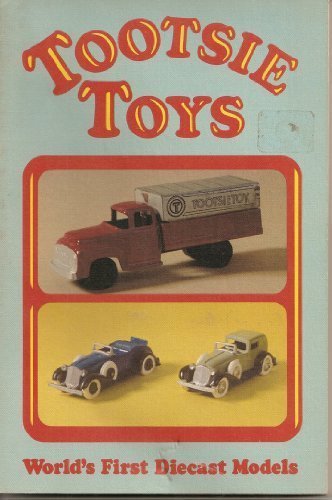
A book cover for Tootsie Toys: World's First Diecast Models (Tootsietoys); James Wieland; Crafts, Hobbies & Home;